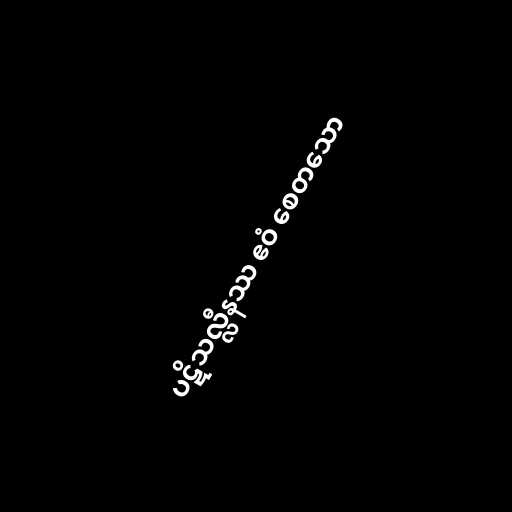
ပဋိသလ္လီနဿ ဧဝံ စေတသော